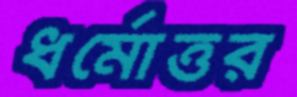
ধর্মোত্তর